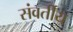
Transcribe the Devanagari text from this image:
संवर्तीय